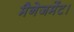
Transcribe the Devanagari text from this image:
मैनेजमेंट।